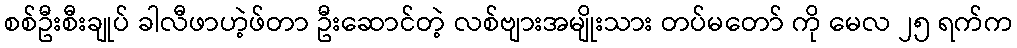
စစ်ဦးစီးချုပ် ခါလီဖာဟဲ့ဖ်တာ ဦးဆောင်တဲ့ လစ်ဗျားအမျိုးသား တပ်မတော် ကို မေလ ၂၅ ရက်က